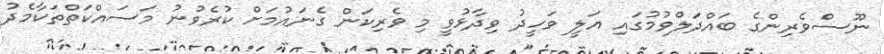
ނޫސްވެރިންގެ ބައްދަލްވުމުގައި އަލީ ވަހީދު ވިދާޅުވީ މި ވެރިކަން ގެނައުމަށް ކުރެވުނު މަސައްކަތްތަކާމެދު